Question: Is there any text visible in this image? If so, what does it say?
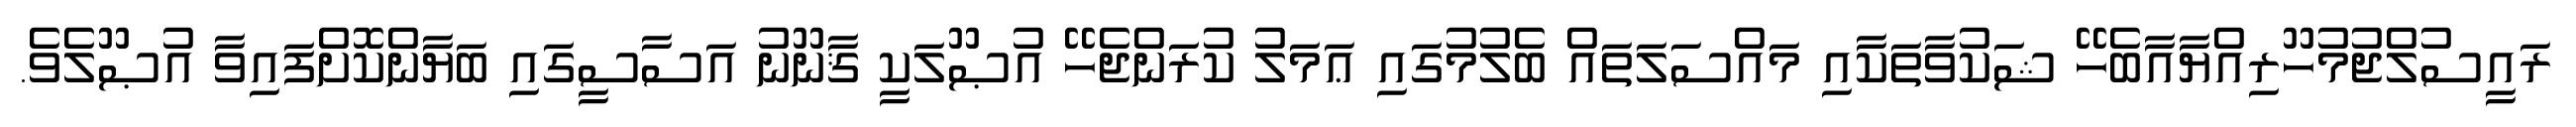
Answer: ރައީސުލްޖުމުހޫރިއްޔާއާބެހޭ ޝަކުވާތަކާއި މައްސަލަތައް ބެލުމުގައި ޢަމަލު ކުރަންޖެހޭ އުޞޫލަކީ ޤާނޫނު އަސާސީގައި ބަޔާންކޮށްފައިވާ އުޞޫލެވެ.